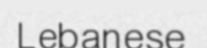
Lebanese